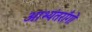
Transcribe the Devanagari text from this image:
आभ्यंतराँगों